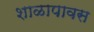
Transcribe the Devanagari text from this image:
शाळापावस